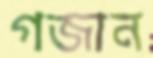
গজান